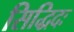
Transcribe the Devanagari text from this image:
सिद्धिदः